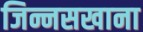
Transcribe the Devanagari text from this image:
जिन्नसखाना